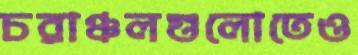
চরাঞ্চলগুলোতেও